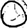
Digit: 0